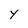
Character: y